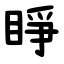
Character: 睜